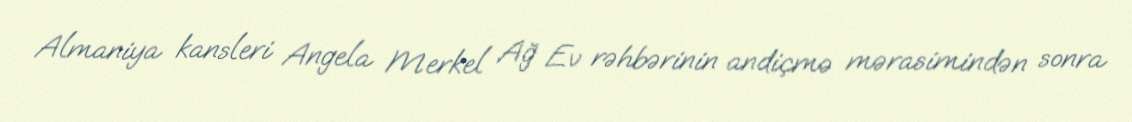
Almaniya kansleri Angela Merkel Ağ Ev rəhbərinin andiçmə mərasimindən sonra